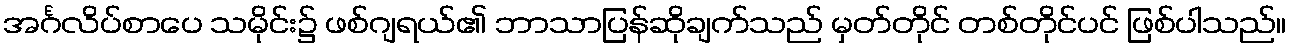
အင်္ဂလိပ်စာပေ သမိုင်း၌ ဖစ်ဂျရယ်၏ ဘာသာပြန်ဆိုချက်သည် မှတ်တိုင် တစ်တိုင်ပင် ဖြစ်ပါသည်။